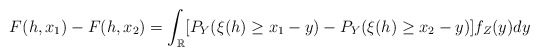
\begin{align*}F(h,x_1)- F(h,x_2)= \int_{\mathbb{R}}[P_Y(\xi(h) \ge x_1-y)- P_Y(\xi(h) \ge x_2-y)]f_Z(y)dy \end{align*}